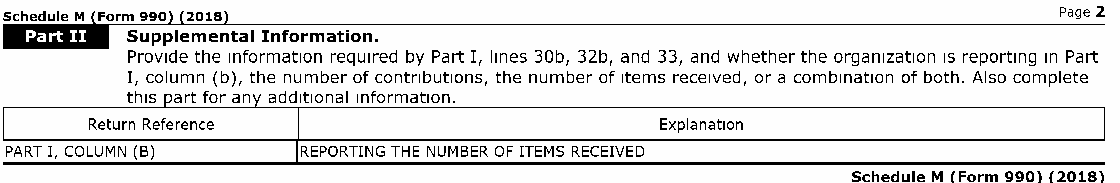
Form 2018                                                      Page 2
 Supplemental Information.
 Provide the information required by Part I, lines 30b, 32b, and 33, and whether the organization IS reporting In Part
 I, column (b), the number of contributions, the number of Items received, or a combination of both. Also complete
 this art for an additional information.
 Explanation
 PART I, COLUMN (B)  REPORTING THE NUMBER OF ITEMS RECEIVED
 Schedule M Form 990 2018